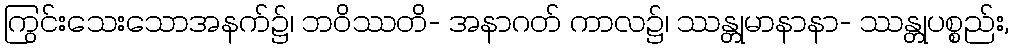
ကြွင်းသေးသောအနက်၌၊ ဘဝိဿတိ- အနာဂတ် ကာလ၌၊ ဿန္တုမာနာနာ- ဿန္တုပစ္စည်း,